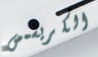
الكريسمس